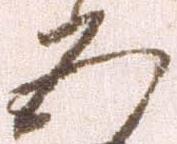
五